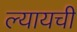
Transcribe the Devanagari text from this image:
ल्यायची